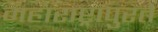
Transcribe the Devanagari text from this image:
महाराष्ट्रापुरते